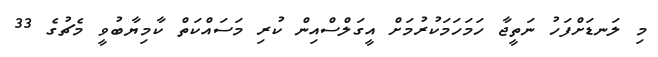
މި ލަނޑަށްފަހު ނަތީޖާ ހަމަހަމަކުރުމަށް އީގަލްސްއިން ކުރި މަސައްކަތް ކާމިޔާބުވީ މެޗުގެ 33